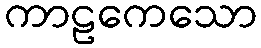
ကာဠကေသော